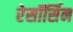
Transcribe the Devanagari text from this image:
रेसॉर्सिन